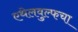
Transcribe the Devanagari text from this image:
एथेलवुल्फचा